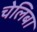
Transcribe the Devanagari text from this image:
चेलिबा